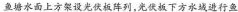
鱼塘水面上方架设光伏板阵列，光伏板下方水域进行鱼